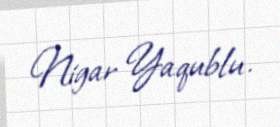
Nigar Yaqublu.